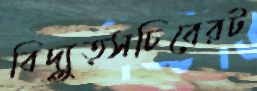
বিদ্যুত্সচিবেরট